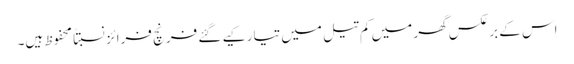
اس کے برعکس گھر میں کم تیل میں تیار کیے گئے فرنچ فرائز نسبتاً محفوظ ہیں۔